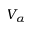
V _ { \alpha }